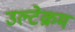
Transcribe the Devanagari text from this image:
उल्टेक्रम